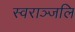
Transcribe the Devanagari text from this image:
स्वराञ्जलि